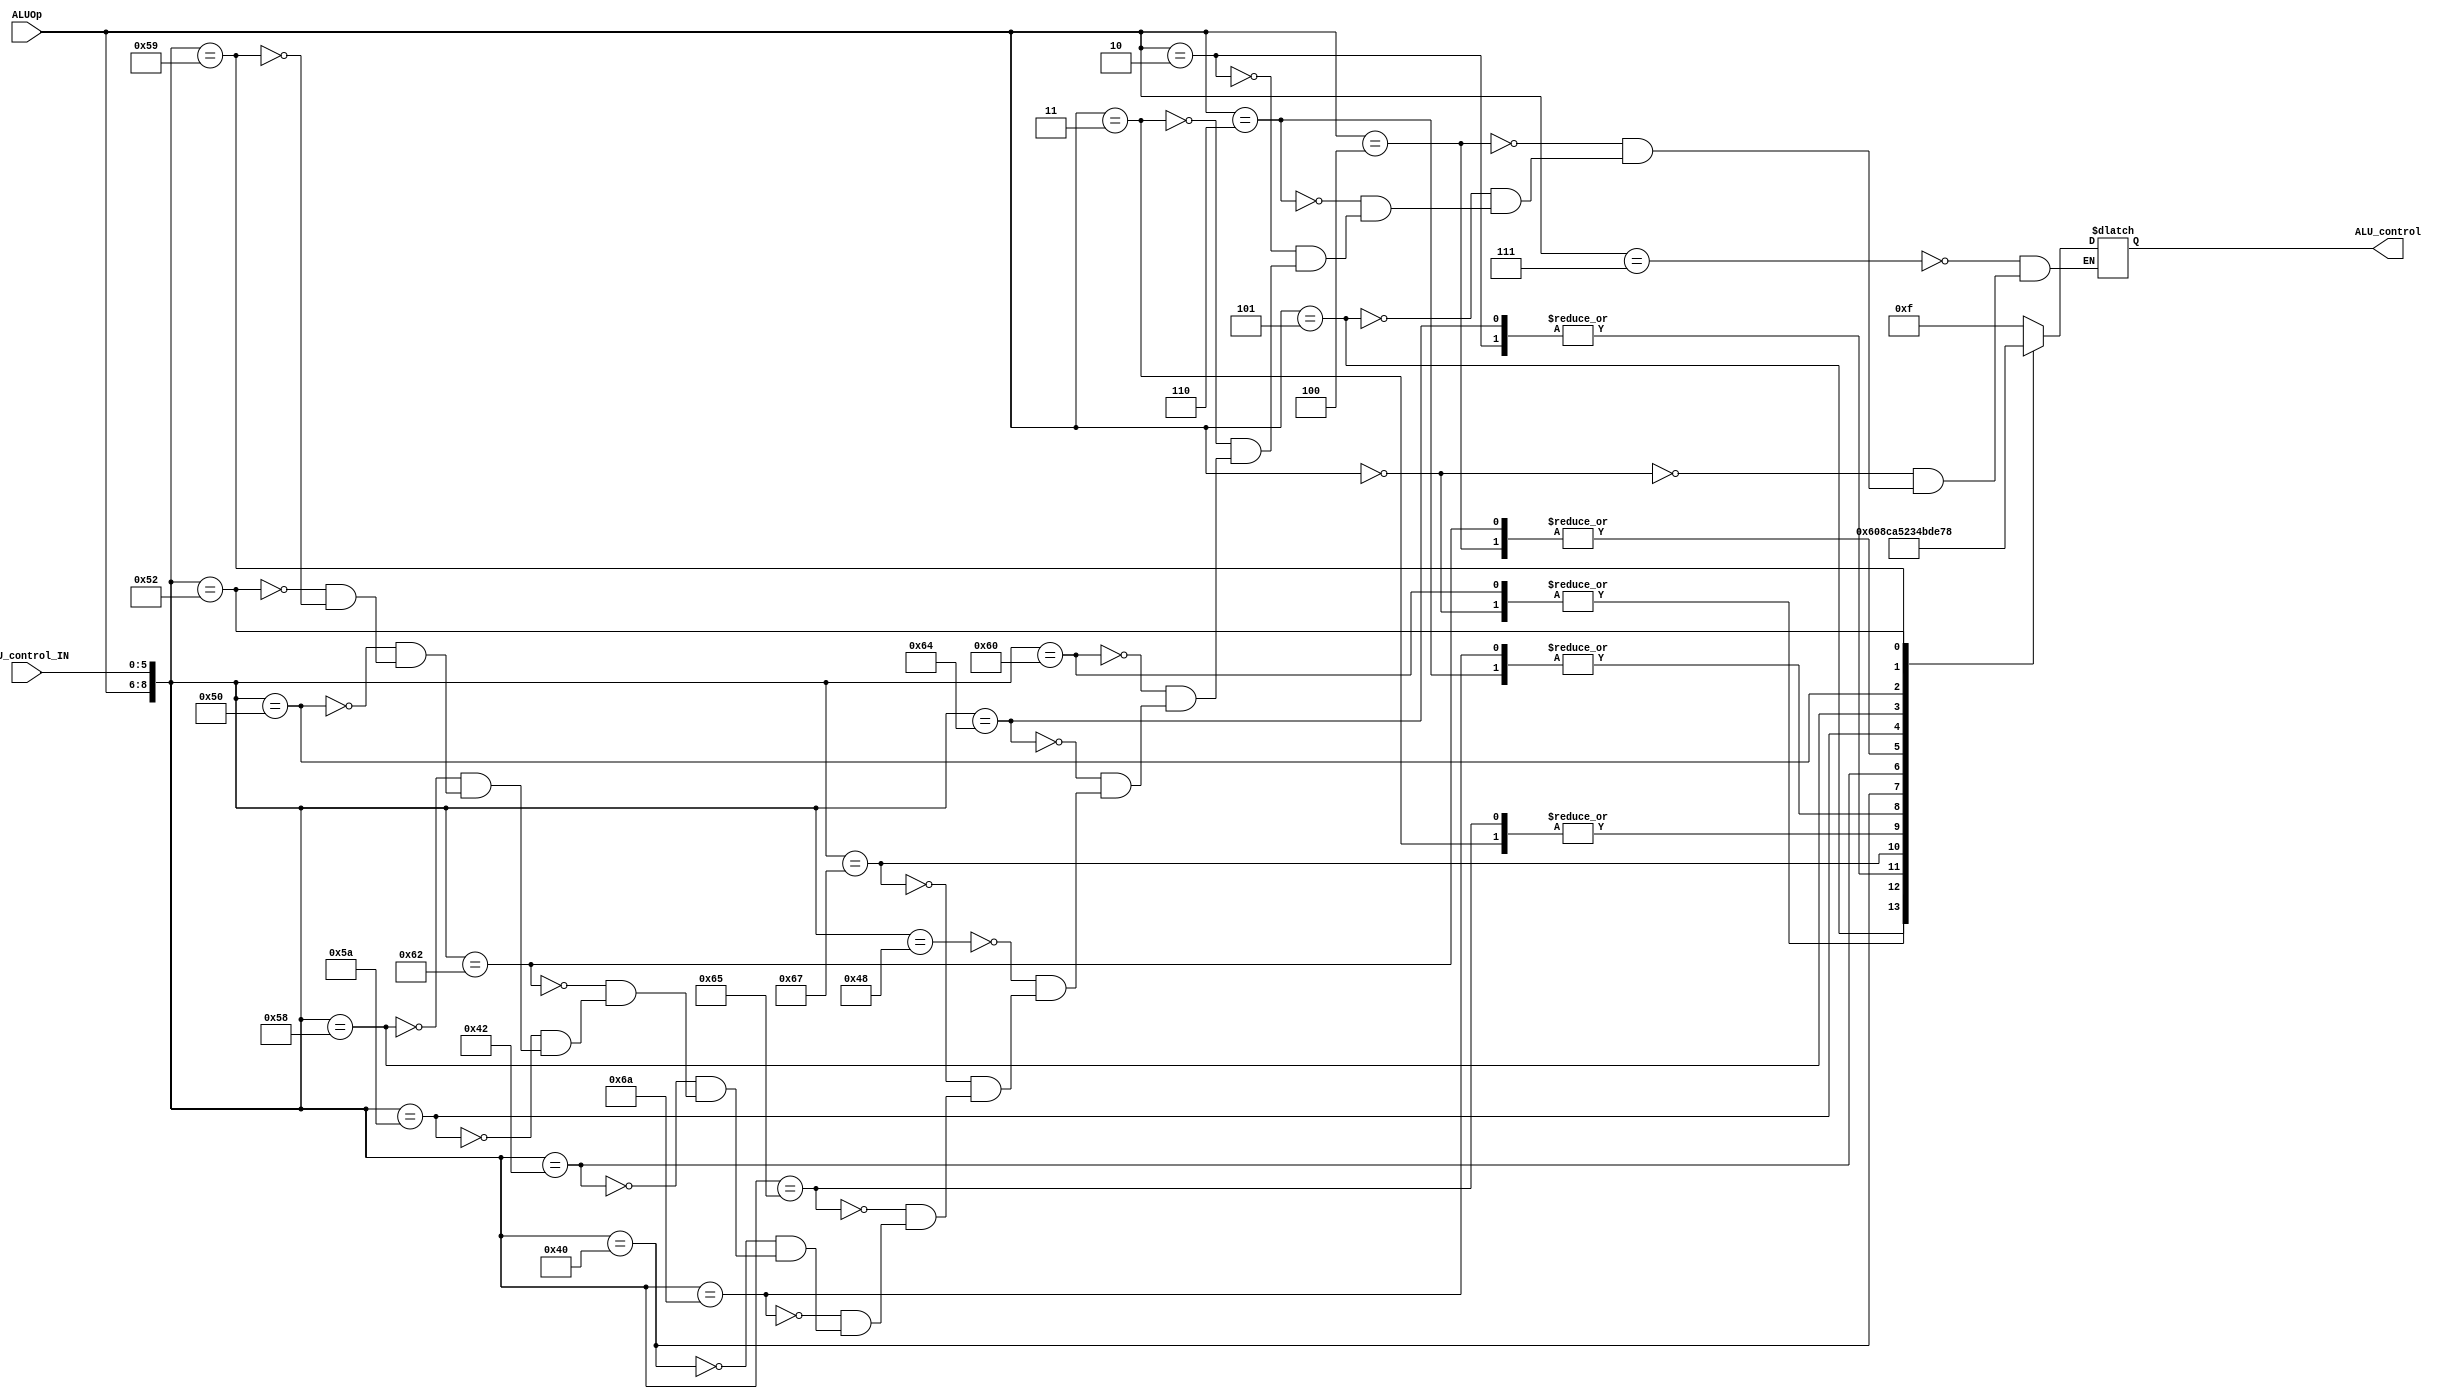

module ALU_control( 
	ALU_control_IN, // function field for R-type instruction
	ALUOp, // Aluop
	ALU_control // 4 bit
);

	input [5:0] ALU_control_IN; // 6bit input
	input [2:0] ALUOp; // 3bit input
		
	output reg [3:0] ALU_control; // 4 bit output

	always@(ALUOp or ALU_control_IN)
	begin // I referred to page 261 of the textbook.
		
		//$display("______ALU_control.v______");
		
		casex({ALUOp,ALU_control_IN})
		9'b111_xxxxxx: 
				begin 
				ALU_control <= 4'b1111;	//Do nothing in ALU
				//$display("[j, jal] ALUop: %b", ALUOp); 
				end
		9'b000_xxxxxx: 
				begin
				ALU_control <= 4'b0000;	//ADD operation (addi, lw, sw)
				//$display("[addi, lw, sw] ALUop: %b", ALUOp);
				end
		9'b100_xxxxxx: 
				begin
				ALU_control <= 4'b0100;	//SUB operation 1 (subi, beq)
				//$display("[subi, beq] ALUop: %b", ALUOp);
				end
		9'b101_xxxxxx: 
				begin 
				ALU_control <= 4'b0110;	//SUB operation 2 (bne)
				//$display("[bne] ALUop: %b", ALUOp);
				end
		9'b110_xxxxxx: 
				begin 
				ALU_control <= 4'b0101;	//SUB operation 3 (slti)
				//$display("[slti] ALUop: %b", ALUOp);
				end
		9'b010_xxxxxx: 
				begin
				ALU_control <= 4'b1000;	//AND operation
				//$display("[andi] ALUop: %b", ALUOp);
				end
		9'b011_xxxxxx: 
				begin 
				ALU_control <= 4'b1010;	//OR operation
				//$display("[ori] ALUop: %b", ALUOp);
				end
		/* R type */
		9'b001_100000: 
				begin
				ALU_control <= 4'b0000;	//ADD operation
				//$display("[add] ALUop: %b, funct: %b", ALUOp, ALU_control_IN);
				end
		9'b001_100100: 
				begin
				ALU_control <= 4'b1000;	//AND operation
				//$display("[and] ALUop: %b, funct: %b", ALUOp, ALU_control_IN);
				end
		9'b001_001000: 
				begin
				ALU_control <= 4'b1111;	//Do nothing in ALU
				//$display("[jr] ALUop: %b, funct: %b", ALUOp, ALU_control_IN);
				end
		9'b001_100111: 
				begin
				ALU_control <= 4'b1100;	//NOR operation
				//$display("[nor] ALUop: %b, funct: %b", ALUOp, ALU_control_IN);
				end
		9'b001_100101: 
				begin
				ALU_control <= 4'b1010;	//OR operation
				//$display("[or] ALUop: %b, funct: %b", ALUOp, ALU_control_IN);
				end
		9'b001_101010: 
				begin
				ALU_control <= 4'b0101;	//SUB operation 3 (slt)
				//$display("[slt] ALUop: %b, funct: %b", ALUOp, ALU_control_IN);
				end
		9'b001_000000: 
				begin 
				ALU_control <= 4'b0010;	//SHIFT Left operation (sll)
				//$display("[sll] ALUop: %b, funct: %b", ALUOp, ALU_control_IN);
				end
		9'b001_000010: 
				begin 
				ALU_control <= 4'b0011;	//SHIFT Right operation (srl)
				//$display("[srl] ALUop: %b, funct: %b", ALUOp, ALU_control_IN);
				end
		9'b001_100010: 
				begin 
				ALU_control <= 4'b0100;	//SUB operation 1 (sub)
				//$display("[sub] ALUop: %b, funct: %b", ALUOp, ALU_control_IN);
				end
		9'b001_011010: 
				begin
				ALU_control <= 4'b1011;	//DIVIDE operation (div)
				//$display("[div] ALUop: %b, funct: %b", ALUOp, ALU_control_IN);
				end
		9'b001_011000: 
				begin 
				ALU_control <= 4'b1101;	//MULTIPLY operation 1 (mult)
				//$display("[mult] ALUop: %b, funct: %b", ALUOp, ALU_control_IN);
				end
		9'b001_010000:
				begin
				ALU_control <= 4'b1110; //Move From Hi (mfhi)
				//$display("[mfhi] ALUop: %b, funct: %b", ALUOp, ALU_control_IN);
				end
		9'b001_010010:
				begin
				ALU_control <= 4'b0111; //Move From Lo (mflo)
				//$display("[mflo] ALUop: %b, funct: %b", ALUOp, ALU_control_IN);
				end
		9'b001_011001: //Substitude multu > mul in this project!
				begin
				ALU_control <= 4'b1001; //MULTIPLY operation 2 (mul)
				//$display("[mul] ALUop: %b, funct: %b", ALUOp, ALU_control_IN);
				end
		endcase
	end
endmodule